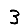
Digit: 3